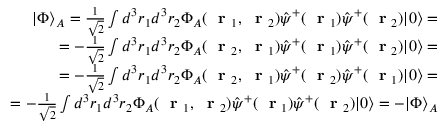
\begin{array} { r } { | \Phi \rangle _ { A } = \frac { 1 } { \sqrt { 2 } } \int d ^ { 3 } r _ { 1 } d ^ { 3 } r _ { 2 } \Phi _ { A } ( \mathrm { ~ \bf ~ r ~ } _ { 1 } , \mathrm { ~ \bf ~ r ~ } _ { 2 } ) \hat { \psi } ^ { + } ( \mathrm { ~ \bf ~ r ~ } _ { 1 } ) \hat { \psi } ^ { + } ( \mathrm { ~ \bf ~ r ~ } _ { 2 } ) | 0 \rangle = } \\ { = - \frac { 1 } { \sqrt { 2 } } \int d ^ { 3 } r _ { 1 } d ^ { 3 } r _ { 2 } \Phi _ { A } ( \mathrm { ~ \bf ~ r ~ } _ { 2 } , \mathrm { ~ \bf ~ r ~ } _ { 1 } ) \hat { \psi } ^ { + } ( \mathrm { ~ \bf ~ r ~ } _ { 1 } ) \hat { \psi } ^ { + } ( \mathrm { ~ \bf ~ r ~ } _ { 2 } ) | 0 \rangle = } \\ { = - \frac { 1 } { \sqrt { 2 } } \int d ^ { 3 } r _ { 1 } d ^ { 3 } r _ { 2 } \Phi _ { A } ( \mathrm { ~ \bf ~ r ~ } _ { 2 } , \mathrm { ~ \bf ~ r ~ } _ { 1 } ) \hat { \psi } ^ { + } ( \mathrm { ~ \bf ~ r ~ } _ { 2 } ) \hat { \psi } ^ { + } ( \mathrm { ~ \bf ~ r ~ } _ { 1 } ) | 0 \rangle = } \\ { = - \frac { 1 } { \sqrt { 2 } } \int d ^ { 3 } r _ { 1 } d ^ { 3 } r _ { 2 } \Phi _ { A } ( \mathrm { ~ \bf ~ r ~ } _ { 1 } , \mathrm { ~ \bf ~ r ~ } _ { 2 } ) \hat { \psi } ^ { + } ( \mathrm { ~ \bf ~ r ~ } _ { 1 } ) \hat { \psi } ^ { + } ( \mathrm { ~ \bf ~ r ~ } _ { 2 } ) | 0 \rangle = - | \Phi \rangle _ { A } } \end{array}